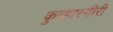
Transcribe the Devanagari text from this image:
कुम्हारगीरी